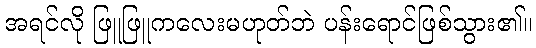
အရင်လို ဖြူဖြူကလေးမဟုတ်ဘဲ ပန်းရောင်ဖြစ်သွား၏။